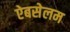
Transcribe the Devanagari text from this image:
ऐबसेलम